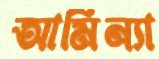
আমিন্যা